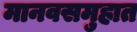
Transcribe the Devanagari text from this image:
मानवसमुहात